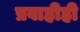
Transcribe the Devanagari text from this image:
प्रवाहीही